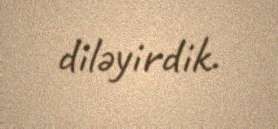
diləyirdik.